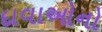
દાવાઓનો